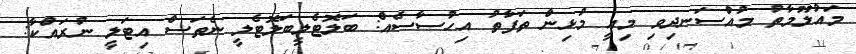
މައުލޫމާތު މުއްސަނދިވި މިއީ މުޅިން ތަފާތު އިހުސާސެއް: ބަލޮޓެލީބަލޮޓެލީ ނެތަސް އިޓަލީ ނުރައްކާ: